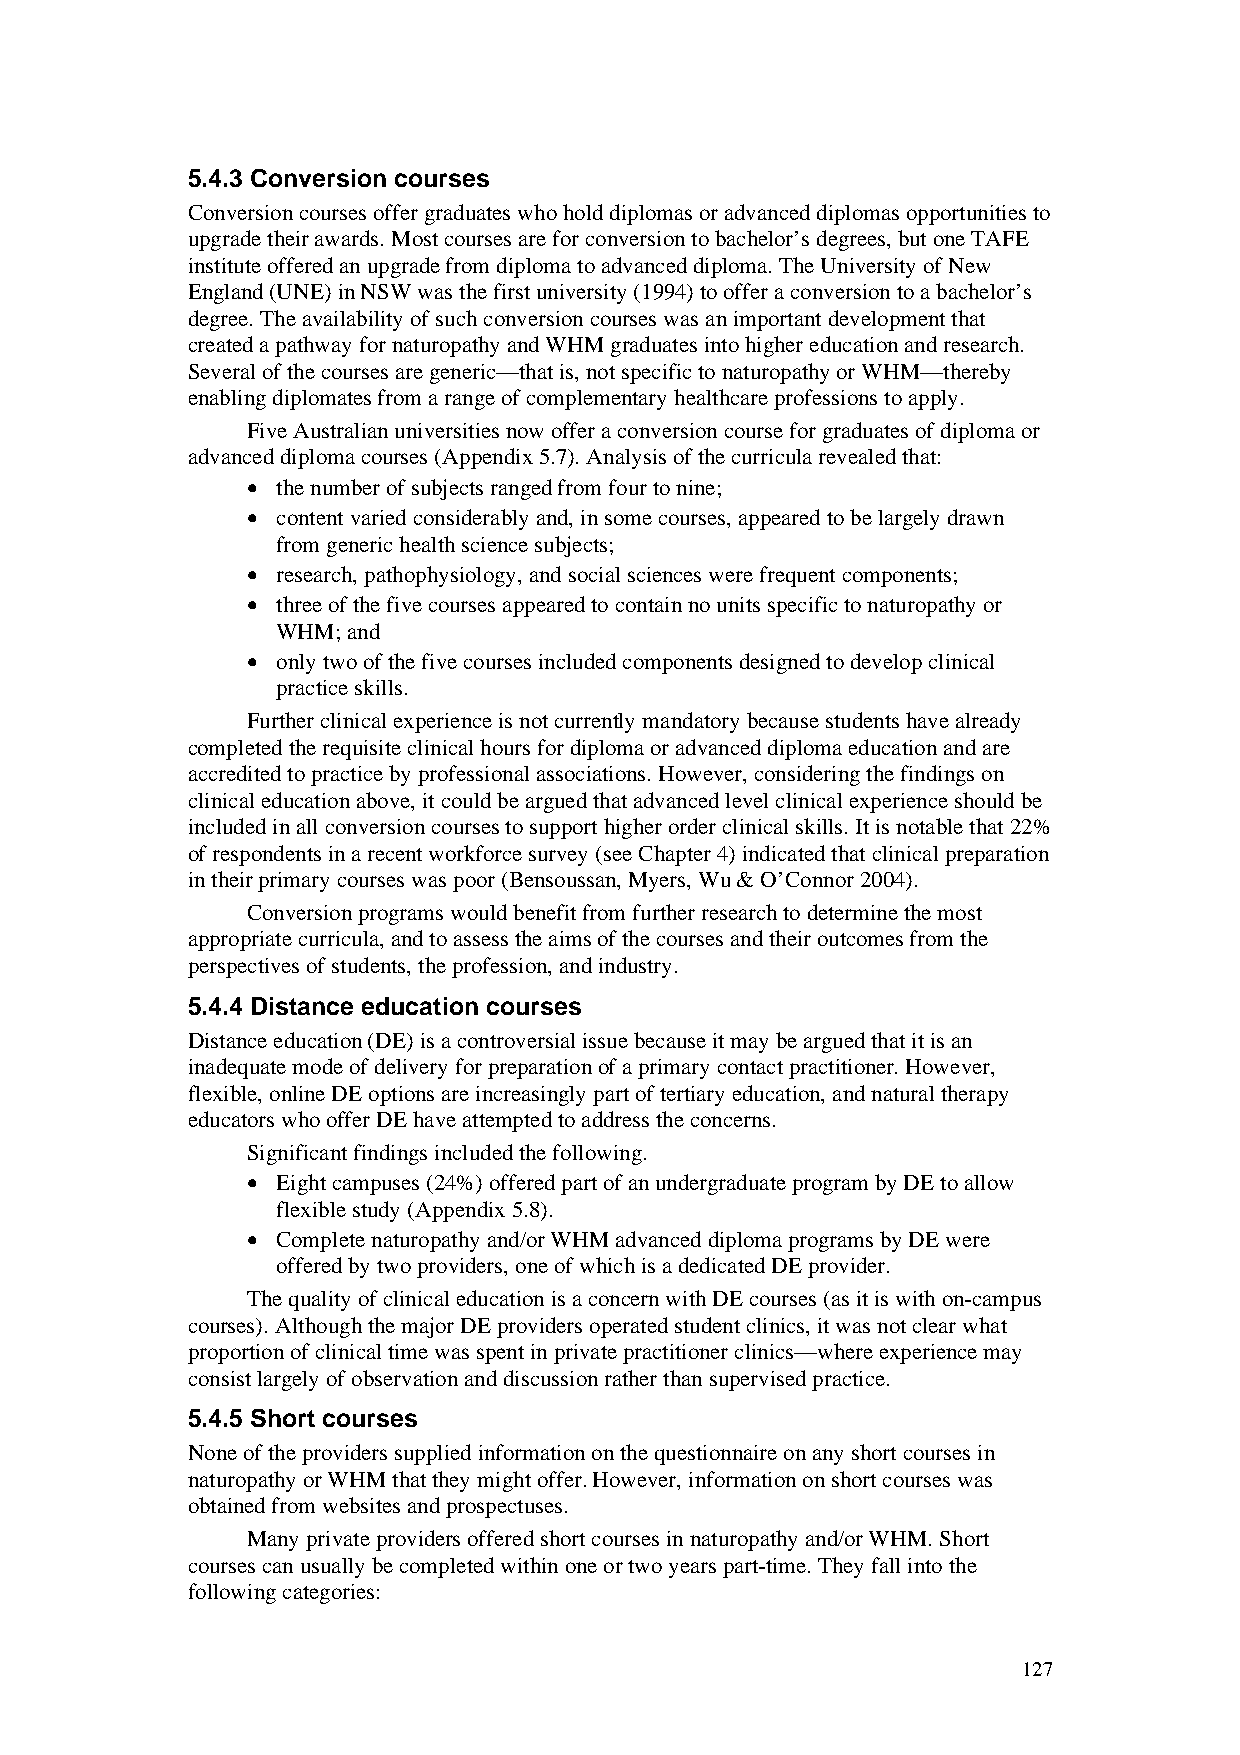
5.4.3 Conversion courses
 Conversion courses offer graduates who hold diplomas or advanced diplomas opportunities to
 upgrade their awards. Most courses are for conversion to bachelor’s degrees, but one TAFE
 institute offered an upgrade from diploma to advanced diploma. The University of New
 England (UNE) in NSW was the first university (1994) to offer a conversion to a bachelor’s
 degree. The availability of such conversion courses was an important development that
 created a pathway for naturopathy and WHM graduates into higher education and research.
 Several of the courses are generic—that is, not specific to naturopathy or WHM—thereby
 enabling diplomates from a range of complementary healthcare professions to apply.
 Five Australian universities now offer a conversion course for graduates of diploma or
 advanced diploma courses (Appendix 5.7). Analysis of the curricula revealed that:
 • the number of subjects ranged from four to nine;
 • content varied considerably and, in some courses, appeared to be largely drawn
 from generic health science subjects;
 • research, pathophysiology, and social sciences were frequent components;
 • three of the five courses appeared to contain no units specific to naturopathy or
 WHM; and
 • only two of the five courses included components designed to develop clinical
 practice skills.
 Further clinical experience is not currently mandatory because students have already
 completed the requisite clinical hours for diploma or advanced diploma education and are
 accredited to practice by professional associations. However, considering the findings on
 clinical education above, it could be argued that advanced level clinical experience should be
 included in all conversion courses to support higher order clinical skills. It is notable that 22%
 of respondents in a recent workforce survey (see Chapter 4) indicated that clinical preparation
 in their primary courses was poor (Bensoussan, Myers, Wu & O’Connor 2004).
 Conversion programs would benefit from further research to determine the most
 appropriate curricula, and to assess the aims of the courses and their outcomes from the
 perspectives of students, the profession, and industry.
 5.4.4 Distance education courses
 Distance education (DE) is a controversial issue because it may be argued that it is an
 inadequate mode of delivery for preparation of a primary contact practitioner. However,
 flexible, online DE options are increasingly part of tertiary education, and natural therapy
 educators who offer DE have attempted to address the concerns.
 Significant findings included the following.
 • Eight campuses (24%) offered part of an undergraduate program by DE to allow
 flexible study (Appendix 5.8).
 • Complete naturopathy and/or WHM advanced diploma programs by DE were
 offered by two providers, one of which is a dedicated DE provider.
 The quality of clinical education is a concern with DE courses (as it is with on-campus
 courses). Although the major DE providers operated student clinics, it was not clear what
 proportion of clinical time was spent in private practitioner clinics—where experience may
 consist largely of observation and discussion rather than supervised practice.
 5.4.5 Short courses
 None of the providers supplied information on the questionnaire on any short courses in
 naturopathy or WHM that they might offer. However, information on short courses was
 obtained from websites and prospectuses.
 Many private providers offered short courses in naturopathy and/or WHM. Short
 courses can usually be completed within one or two years part-time. They fall into the
 following categories:
 127